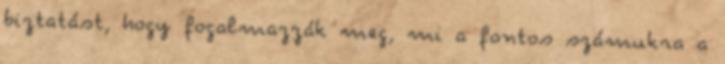
biztatást, hogy fogalmazzák meg, mi a fontos számukra a